Enquiry on enteric fever in India - Number 32
Disease focus: Fever
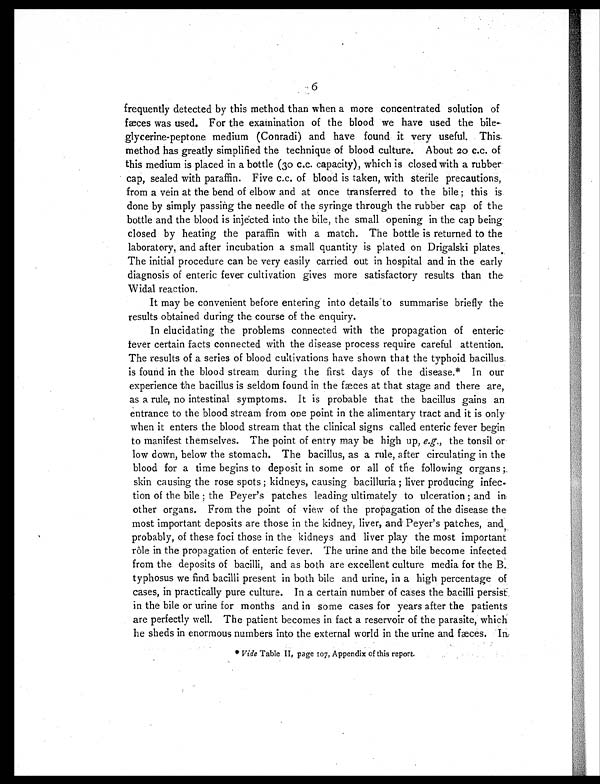
6
frequently detected by this method than when a more concentrated solution of
fæces was used. For the examination of the blood we have used the bile-
glycerine-peptone medium (Conradi) and have found it very useful. This
method has greatly simplified the technique of blood culture. About 20 c.c. of
this medium is placed in a bottle (30 c.c. capacity), which is closed with a rubber
cap, sealed with paraffin. Five c.c. of blood is taken, with sterile precautions,
from a vein at the bend of elbow and at once transferred to the bile ; this is
done by simply passing the needle of the syringe through the rubber cap of the
bottle and the blood is injected into the bile, the small opening in the cap being
closed by heating the paraffin with a match. The bottle is returned to the
laboratory, and after incubation a small quantity is plated on Drigalski plates
The initial procedure can be very easily carried out in hospital and in the early
diagnosis of enteric fever cultivation gives more satisfactory results than the
Widal reaction.
It may be convenient before entering into details to summarise briefly the
results obtained during the course of the enquiry.
In elucidating the problems connected with the propagation of enteric
lever certain facts connected with the disease process require careful attention.
The results of a series of blood cultivations have shown that the typhoid bacillus.
is found in the blood stream during the first days of the disease.* In our
experience the bacillus is seldom found in the fæces at that stage and there are,
as a rule, no intestinal symptoms. It is probable that the bacillus gains an
entrance to the blood stream from one point in the alimentary tract and it is only
when it enters the blood stream that the clinical signs called enteric fever begin
to manifest themselves. The point of entry may be high up, e.g., the tonsil or
low down, below the stomach. The bacillus, as a rule, after circulating in the
blood for a time begins to deposit in some or all of the following organs ;
skin causing the rose spots ; kidneys, causing bacilluria ; liver producing infec-
tion of the bile ; the Peyer's patches leading ultimately to ulceration ; and in
other organs. From the point of view of the propagation of the disease the
most important deposits are those in the kidney, liver, and Peyer's patches, and,
probably, of these foci those in the kidneys and liver play the most important
rôle in the propagation of enteric fever. The urine and the bile become infected
from the deposits of bacilli, and as both are excellent culture media for the B.
typhosus we find bacilli present in both bile and urine, in a high percentage of
cases, in practically pure culture. In a certain number of cases the bacilli persist
in the bile or urine for months and in some cases for years after the patients
are perfectly well. The patient becomes in fact a reservoir of the parasite, which
he sheds in enormous numbers into the external world in the urine and fæces. In
*V
i d e
T a b l e I I , p a g e 1 0 7 , A p p e n d i x o f t h i s r e p o r t .